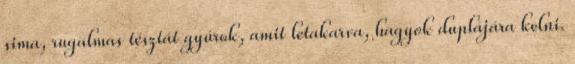
sima, rugalmas tésztát gyúrok, amit letakarva, hagyok duplájára kelni.